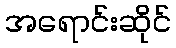
အရောင်းဆိုင်